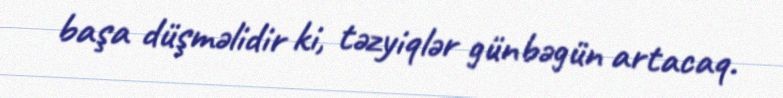
başa düşməlidir ki, təzyiqlər günbəgün artacaq.